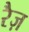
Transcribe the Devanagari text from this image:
रैज़